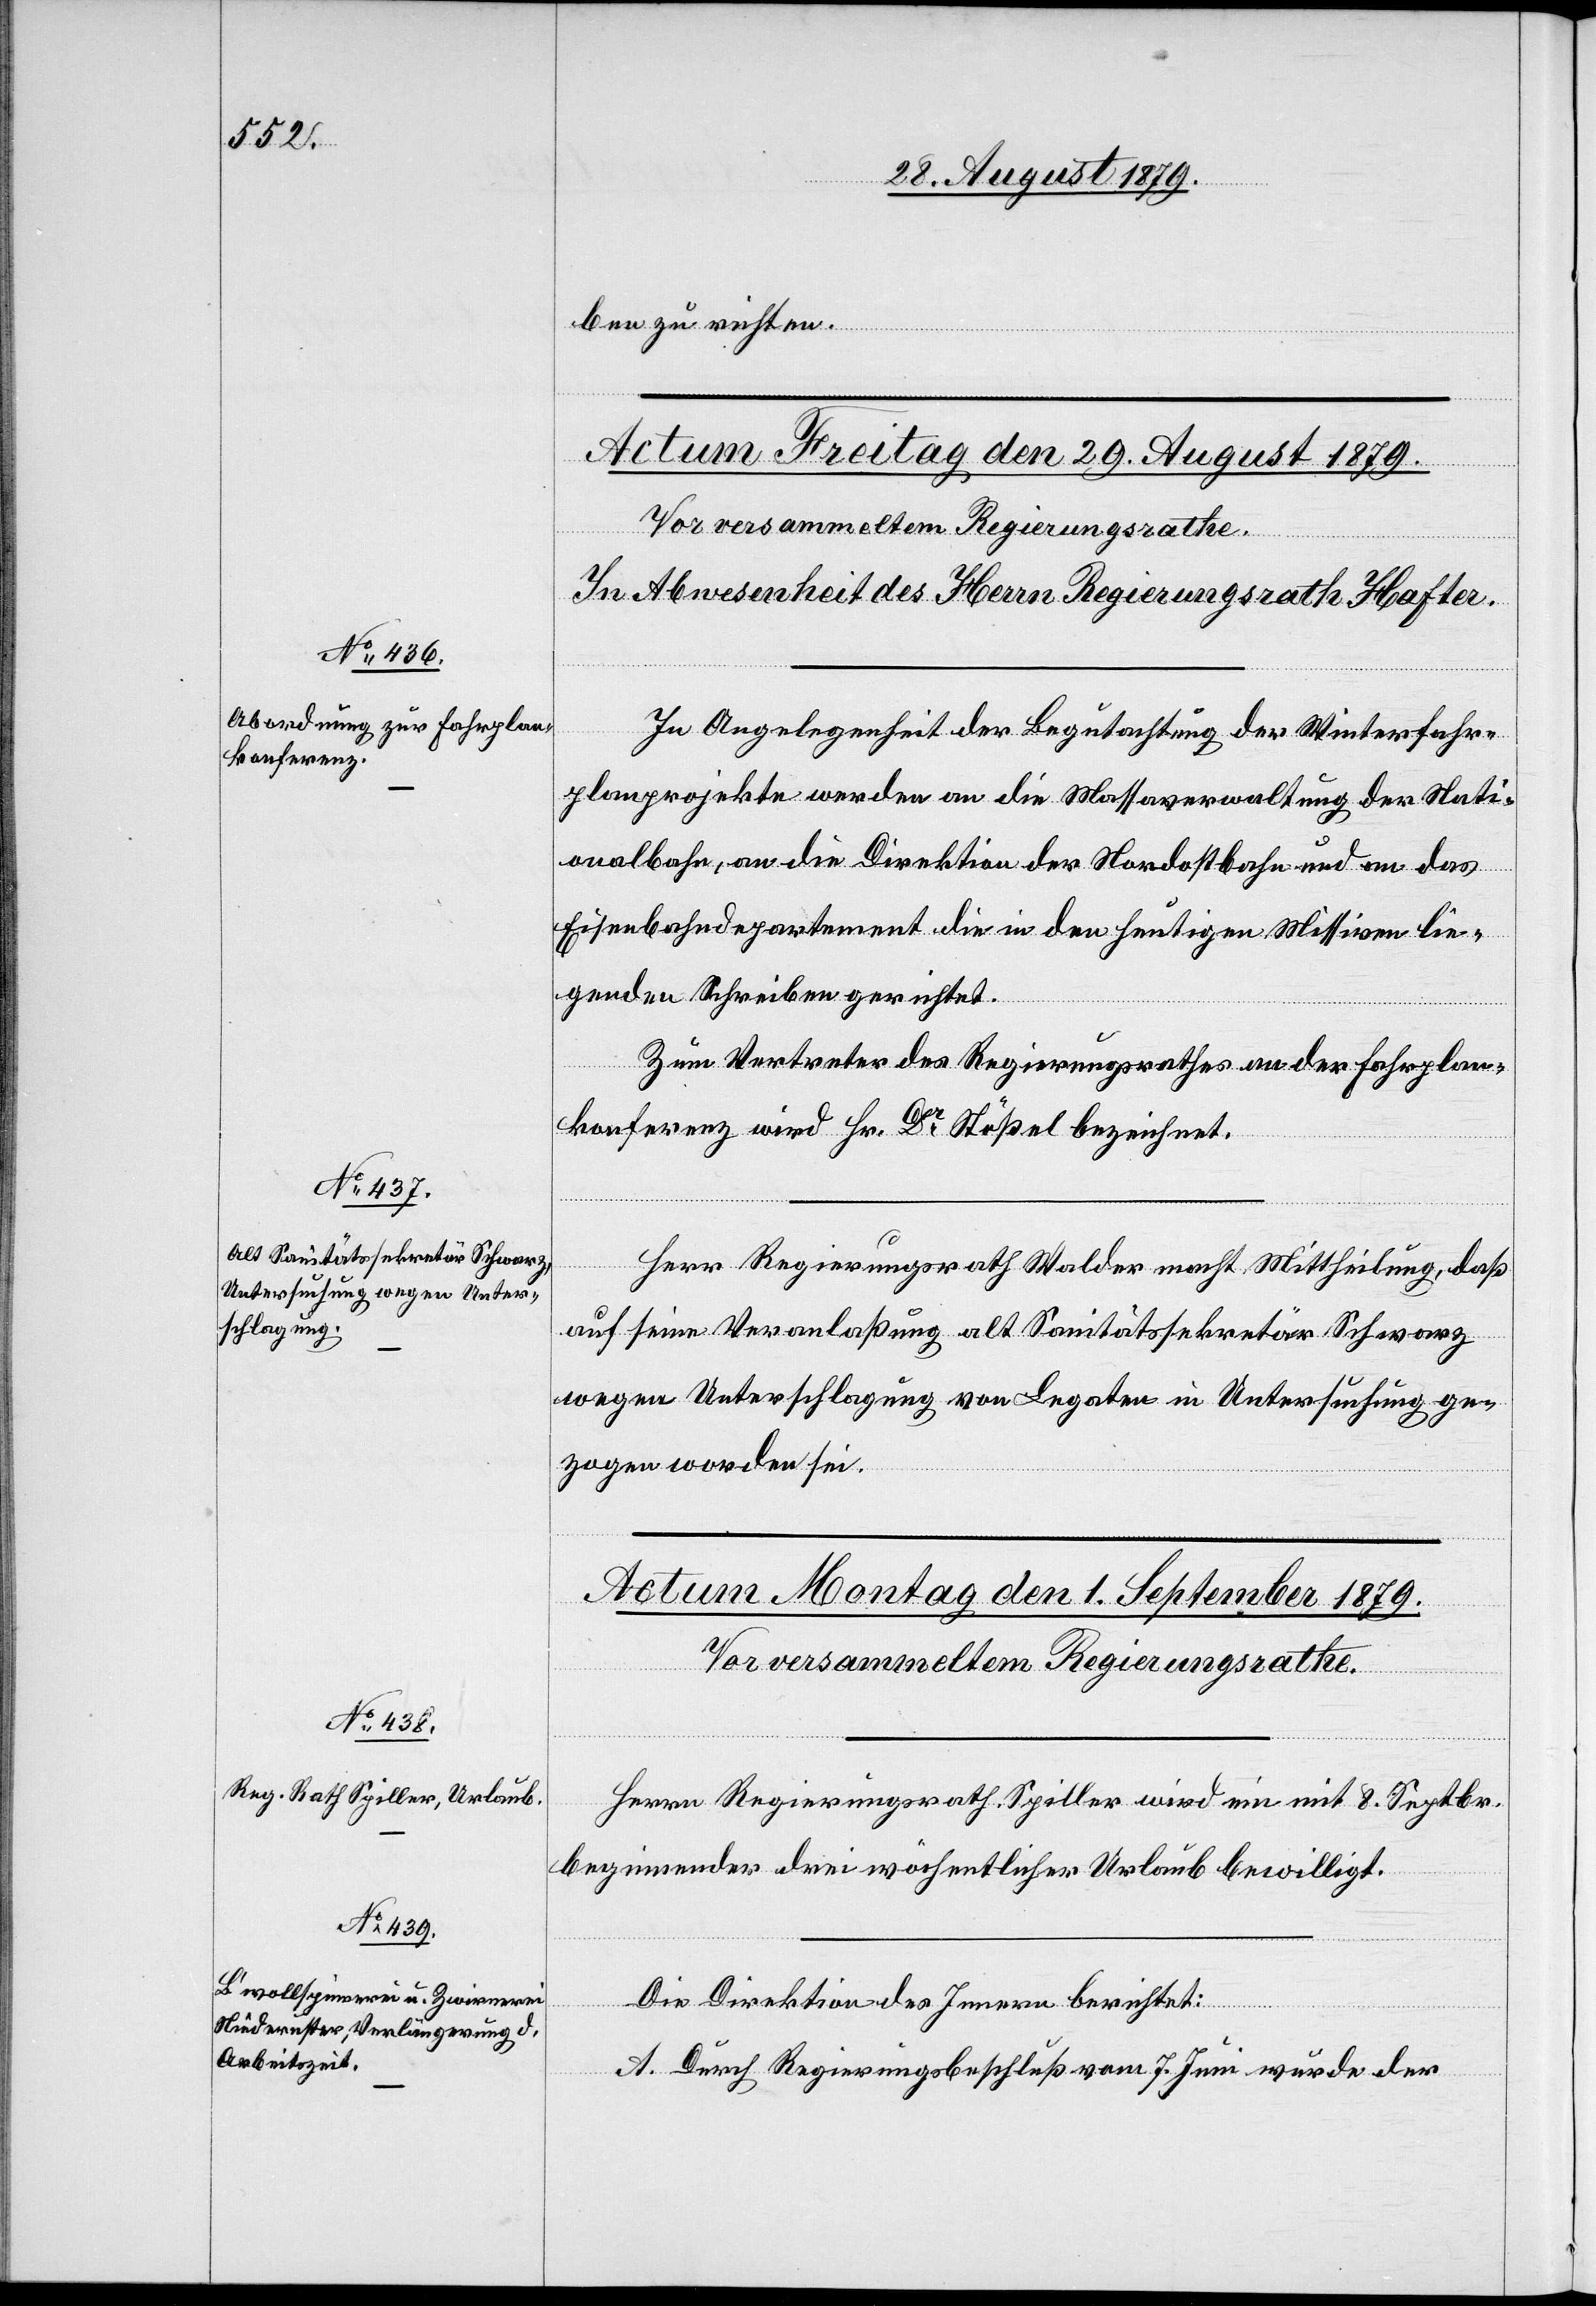
ben zu richten.
In Angelegenheit der Begutachtung der Wintherthur¬
planprojekte werden an die Massaverwaltung der Nati¬
onalbahn, an die Direktion der Nordostbahn und an das
Eisenbahndepartement die in den heutigen Missiven lie¬
genden Schreiben gerichtet.
Zum Vertreter des Regierungsrathes an der Fahrplan¬
konferenz wird Hr. Dr Stößel bezeichnet.
Herr Regierungsrath Walder macht Mittheilung, daß
auf seine Veranlaßung alt Sanitätssekretär Schwarz
wegen Unterschlagung von Legaten in Untersuchung ge¬
zogen worden sei.
Herrn Regierungsrath Spiller wird ein mit 8. Septbr.
beginnender drei wöchentlicher Urlaub bewilligt.
Die Direktion des Innern berichtet:
A. Durch Regierungsbeschluß vom 7. Juni wurde der